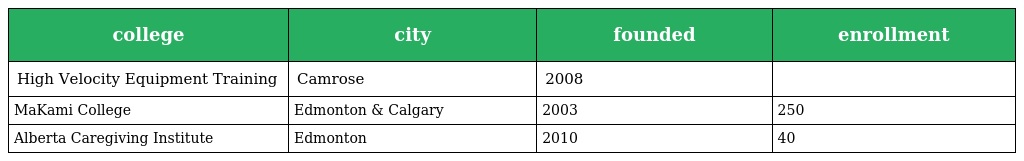
| college | city | founded | enrollment |
 | --- | --- | --- | --- |
 | High Velocity Equipment Training | Camrose | 2008 |  |
 | MaKami College | Edmonton & Calgary | 2003 | 250 |
 | Alberta Caregiving Institute | Edmonton | 2010 | 40 |